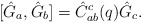
\begin{align*}[\hat G_a,\hat G_b]=\hat C_{ab}^c(q) \hat G_c.\end{align*}